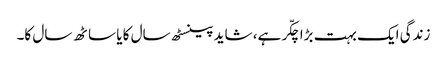
زندگی ایک بہت بڑا چکّر ہے، شاید پینسٹھ سال کا یا ساٹھ سال کا۔